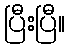
ပြီးပြီ။